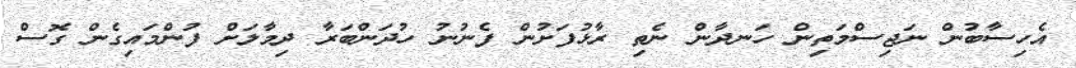
އެހިސާބުން ނަޖިސްމަތިން ހަނދާން ނެތި ރާޅުފަށުން ފެނުނު ހުދަންބަރާ ދިމާލަށް ފުންމައިގެން ގޮސް